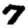
Digit: 7